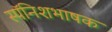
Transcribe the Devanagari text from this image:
स्पॅनिशभाषक